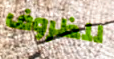
للظروف